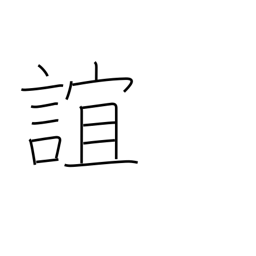
Meaning: intimacy